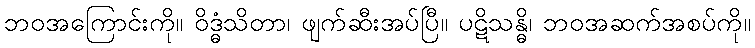
ဘဝအကြောင်းကို။ ဝိဒ္ဓံသိတာ၊ ဖျက်ဆီးအပ်ပြီ။ ပဋိသန္ဓိ၊ ဘဝအဆက်အစပ်ကို။